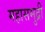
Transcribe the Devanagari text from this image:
महासमुद्री